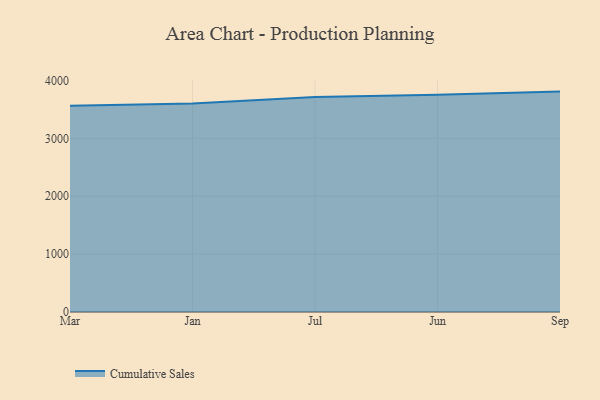
{"axis": {"x": "Month", "y": "Bounce Rate (%)"}, "legend": ["Cumulative Sales"], "data": [{"x": "Mar", "y": 3565.3, "type": "Cumulative Sales"}, {"x": "Jan", "y": 3602.1, "type": "Cumulative Sales"}, {"x": "Jul", "y": 3715.4, "type": "Cumulative Sales"}, {"x": "Jun", "y": 3753.6, "type": "Cumulative Sales"}, {"x": "Sep", "y": 3808.9, "type": "Cumulative Sales"}]}